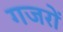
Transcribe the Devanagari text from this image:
गजरों